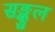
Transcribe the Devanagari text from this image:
सङ्कुल